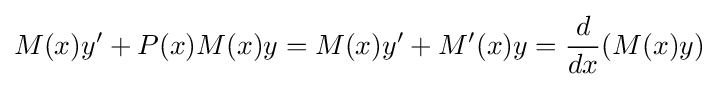
M(x)y'+P(x)M(x)y=M(x)y'+M'(x)y={\frac {d}{dx}}(M(x)y)